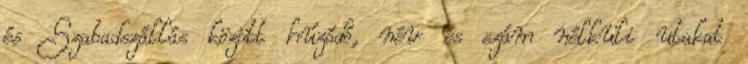
és Szabadszállás között húzódó, név és szám nélküli utakat